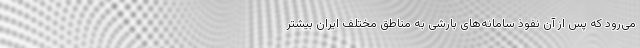
می‌رود که پس از آن نفوذ سامانه‌های بارشی به مناطق مختلف ایران بیشتر